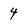
Character: 4